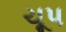
ચૂપ